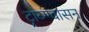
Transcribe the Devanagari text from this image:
ट्राय्ग्ग्वासन